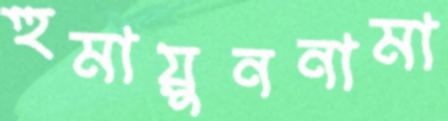
হুমায়ুননামা